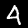
Label: 4